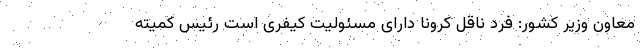
معاون وزیر کشور: فرد ناقل کرونا دارای مسئولیت کیفری است رئیس کمیته